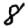
Digit: 8